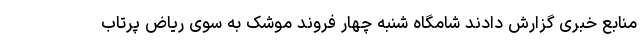
منابع خبری گزارش دادند شامگاه شنبه چهار فروند موشک به سوی ریاض پرتاب